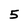
Character: 5